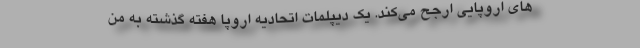
های اروپایی ارجح می‌کند. یک دیپلمات اتحادیه اروپا هفته گذشته به من